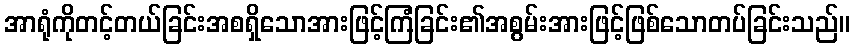
အာရုံကိုတင့်တယ်ခြင်းအစရှိသောအားဖြင့်ကြံခြင်း၏အစွမ်းအားဖြင့်ဖြစ်သောတပ်ခြင်းသည်။